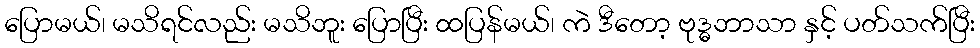
ပြောမယ်၊ မသိရင်လည်း မသိဘူး ပြောပြီး ထပြန်မယ်၊ ကဲ ဒီတော့ ဗုဒ္ဓဘာသာ နှင့် ပတ်သက်ပြီး